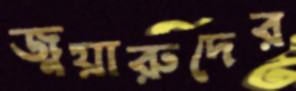
জুয়ারুদের